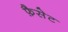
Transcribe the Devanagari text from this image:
फ़ैसेट